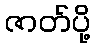
ဇာတ်ပို့